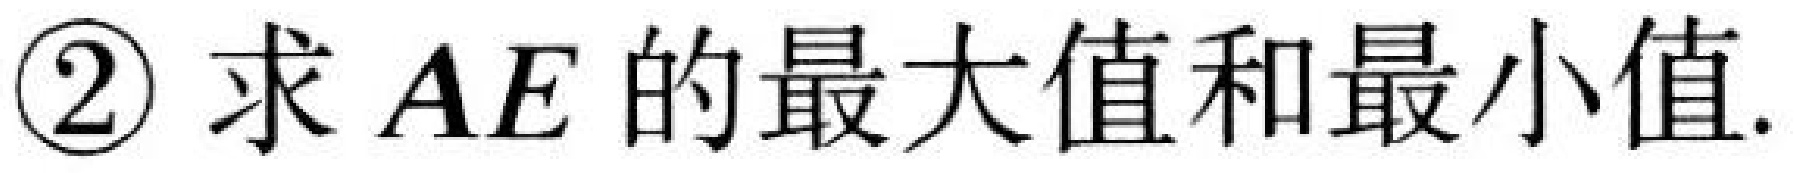
\textcircled{2} 求 \(AE\) 的最大值和最小值.